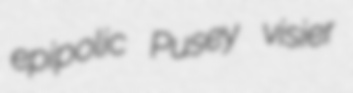
epipolic Pusey visier